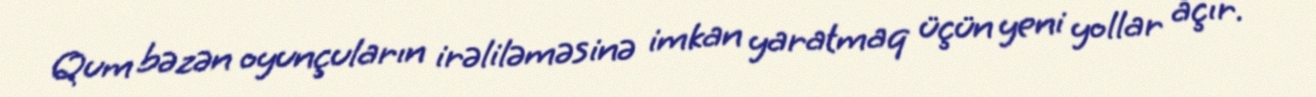
Qum bəzən oyunçuların irəliləməsinə imkan yaratmaq üçün yeni yollar açır.